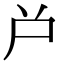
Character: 𡰤